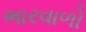
ભારવાળો